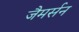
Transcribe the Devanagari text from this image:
जैमर्सन